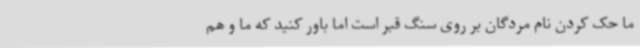
ما حک کردن نام مردگان بر روی سنگ قبر است اما باور کنید که ما و هم